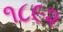
૧૮૯૨